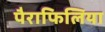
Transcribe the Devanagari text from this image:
पैराफिलिया